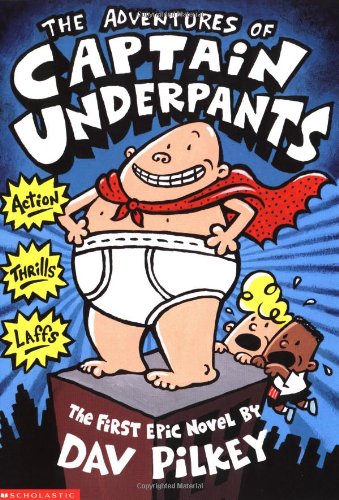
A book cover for The Adventures of Captain Underpants; Dav Pilkey; Science Fiction & Fantasy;